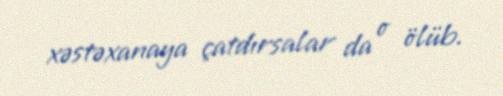
xəstəxanaya çatdırsalar da o ölüb.